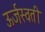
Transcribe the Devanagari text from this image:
ऊर्जस्वती